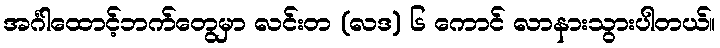
အင်္ဂါထောင့်ဘက်တွေမှာ လင်းတ (လဒ) ၆ ကောင် လာနားသွားပါတယ်။